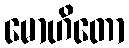
မောဟိတော